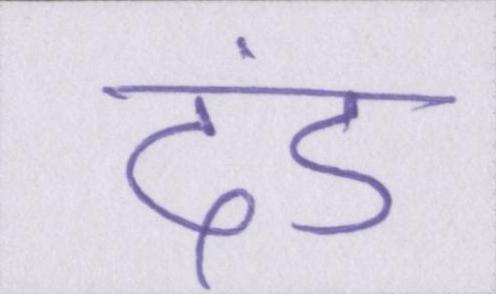
दंड